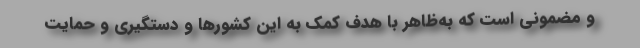
و مضمونی است که به‌ظاهر با هدف کمک به این کشورها و دستگیری و حمایت